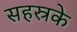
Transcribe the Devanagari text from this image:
सहस्रके